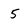
Character: 5